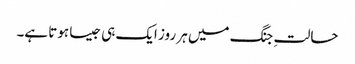
حالتِ جنگ میں ہر روز ایک ہی جیسا ہوتا ہے۔